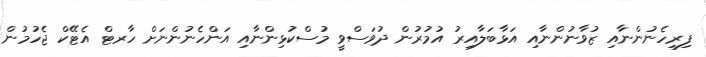
ފިރިހެނުންނާއި ޒުވާނުންނާއި އަޅާބަލާއިރު އުމުރުން ދުވަސްވީ މުސްކުޅިންނާއި އަންހެނުންނަށް ހާރޓް އެޓޭކް ޖެހުމުން